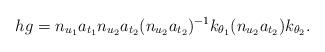
LaTeX: \begin{align*} hg = n_{u_1}a_{t_1} n_{u_2}a_{t_2}(n_{u_2}a_{t_2})^{-1}k_{\theta_1}(n_{u_2} a_{t_2})k_{\theta_2}.\end{align*}